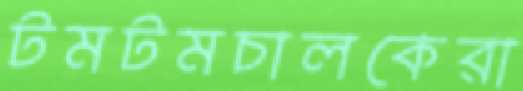
টমটমচালকেরা